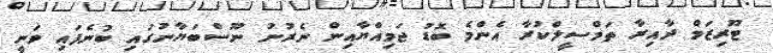
ޓޫރިޒަމް ދާއިރާ ތަމްސީލްކުރާ އެންމެ ބޮޑު ޖަމިއްޔާއިން ނެރުނު ނޫސްބަޔާނުގައި ބުނެފައި ވަނީ